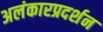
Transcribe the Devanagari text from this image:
अलंकारप्रदर्शन